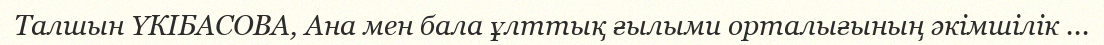
Талшын ҮКІБАСОВА, Ана мен бала ұлттық ғылыми орталығының әкімшілік ...